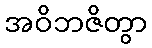
အဝိဘဇိတွာ